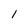
Character: 1